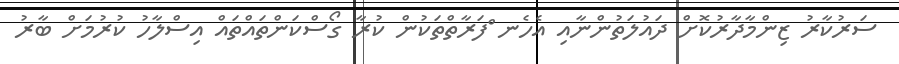
ސަރުކާރު ޒިންމާދާރުކޮށް ދައުލަތުންނާއި އެހެނ ްފަރާތްތަކުން ކުރާ ގޯސްކަންތައްތައް އިސްލާހު ކުރުމަށް ބާރު